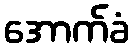
အောက်ခံ